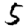
Digit: 5